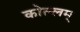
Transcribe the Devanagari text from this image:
कोल्लम्‌